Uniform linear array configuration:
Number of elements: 24
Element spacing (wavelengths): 0.5
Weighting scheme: exponential
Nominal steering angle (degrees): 60
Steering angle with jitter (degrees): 61.393
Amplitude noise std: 0.05
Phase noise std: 0.05

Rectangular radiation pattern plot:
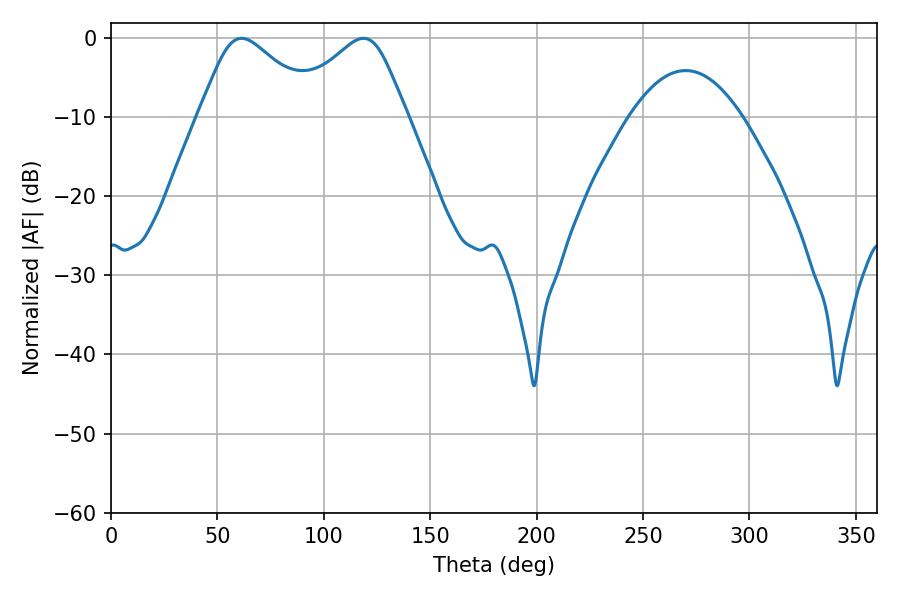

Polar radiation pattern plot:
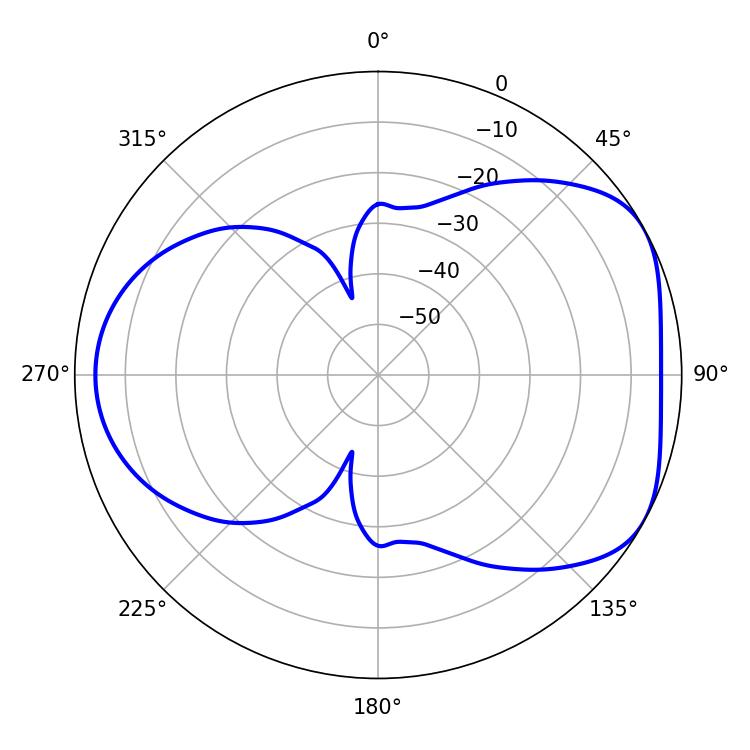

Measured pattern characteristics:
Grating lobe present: FALSE
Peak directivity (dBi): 4.831
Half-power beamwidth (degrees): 27.54
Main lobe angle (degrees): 61.38